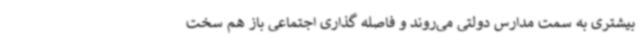
بیشتری به سمت مدارس دولتی می‌روند و فاصله گذاری اجتماعی باز هم سخت